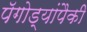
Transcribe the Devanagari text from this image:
पॅगोड्यांपैकी